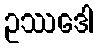
ဥဿဒေါ